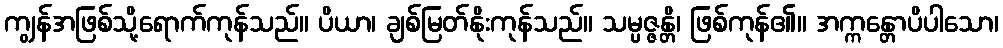
ကျွန်အဖြစ်သို့ရောက်ကုန်သည်။ ပိယာ၊ ချစ်မြတ်နိုးကုန်သည်။ သမ္ပဇ္ဇန္တိ၊ ဖြစ်ကုန်၏။ အက္ကန္တောပိပါသော၊